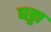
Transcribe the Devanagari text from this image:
घट्टा